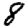
Digit: 8